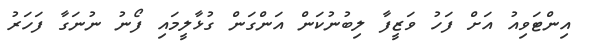
އިންޓަވިއު އަށް ފަހު ވަޒީފާ ލިބުނުކަން އަންގަން ގުޅާލީމައި ފޯނު ނުނަގާ ފަހަރު